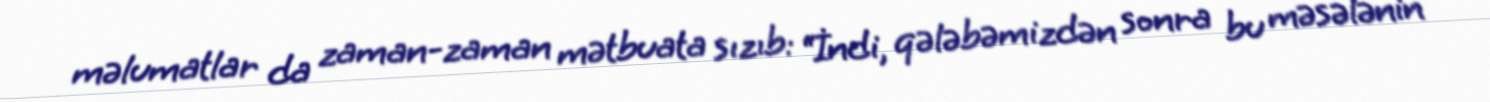
məlumatlar da zaman-zaman mətbuata sızıb: “İndi, qələbəmizdən sonra bu məsələnin